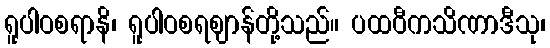
ရူပါဝစရာနိ၊ ရူပါဝစရဈာန်တို့သည်။ ပထဝီကသိဏာဒီသု၊